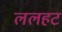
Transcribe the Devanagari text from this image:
ललहट